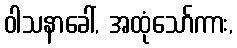
ဝါသနာခေါ်, အထုံသော်ကား,